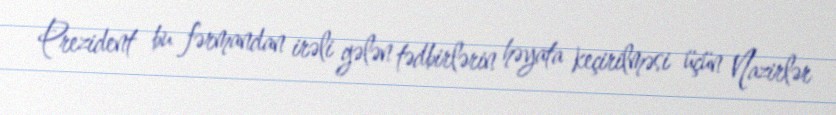
Prezident bu fərmandan irəli gələn tədbirlərin həyata keçirilməsi üçün Nazirlər